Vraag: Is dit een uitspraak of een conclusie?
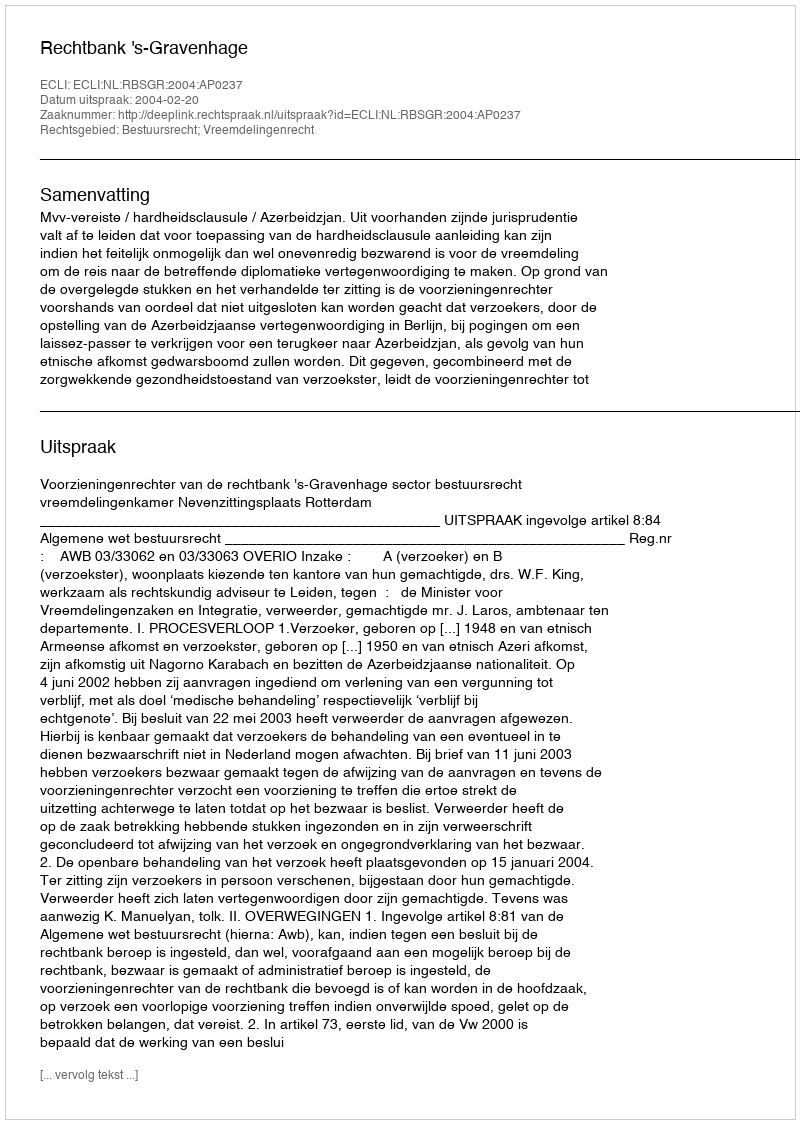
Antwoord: Uitspraak